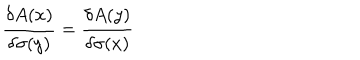
\frac { \delta A ( x ) } { \delta \sigma ( y ) } = \frac { \delta A ( y ) } { \delta \sigma ( x ) }